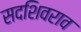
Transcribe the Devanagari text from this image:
सदशिवराव